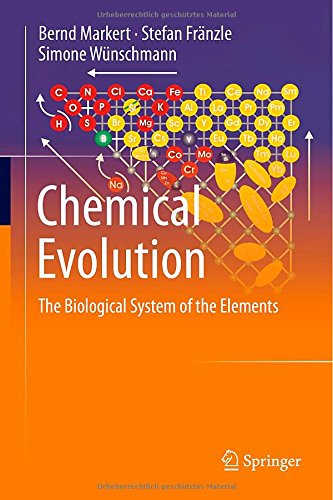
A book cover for Chemical Evolution: The Biological System of the Elements; Bernd Markert; Science & Math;